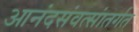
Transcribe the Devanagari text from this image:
आनंदसंवत्सांतर्गत